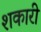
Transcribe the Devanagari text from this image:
शकारी